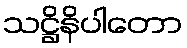
သဋ္ဌိနိပါတော